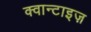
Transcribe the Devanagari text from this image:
क्वान्टाइज़